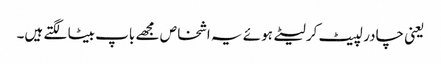
یعنی چادر لپیٹ کر لیٹے ہوئے یہ اشخاص مجھے باپ بیٹا لگتے ہیں۔